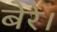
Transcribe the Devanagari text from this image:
बेरे।